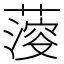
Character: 𦺌